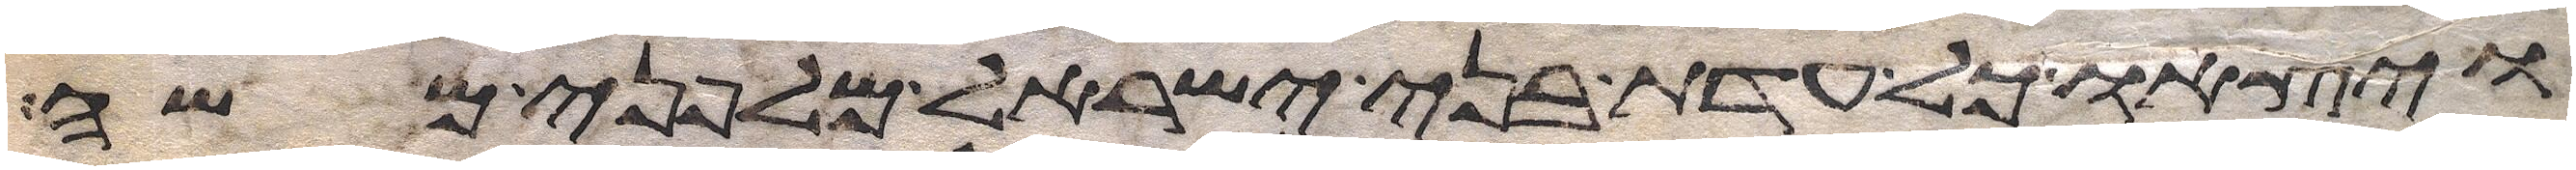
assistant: ויצאו כל עדת בני ישראל מלפני משה